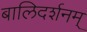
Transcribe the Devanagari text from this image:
बालिदर्शनम्